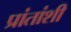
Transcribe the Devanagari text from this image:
प्रांतांशी